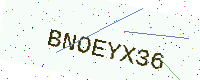
Text: BNOEYX36